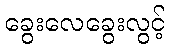
ခွေးလေခွေးလွင့်